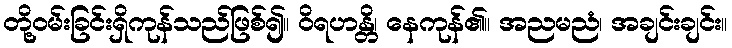
တို့ဝမ်းခြင်းရှိကုန်သည်ဖြစ်၍။ ဝိရဟန္တိ၊ နေကုန်၏။ အညမညံ၊ အချင်းချင်း။